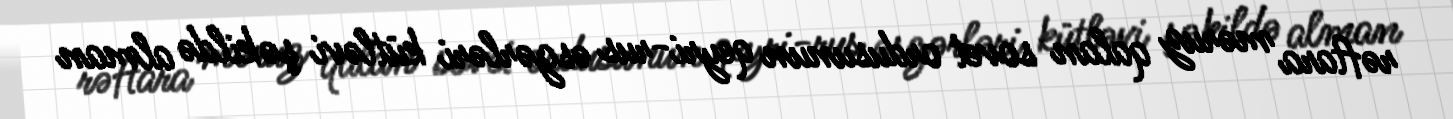
rəftara məruz qalan sovet ordusunun qeyri-rus əsgərləri kütləvi şəkildə alman